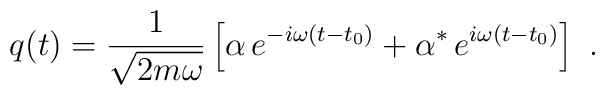
q(t)=\frac{1}{\sqrt{2m\omega}}\left[\alpha\,e^{-i\omega(t-t_0)}+\alpha^*\,e^{i\omega(t-t_0)}\right]\ .